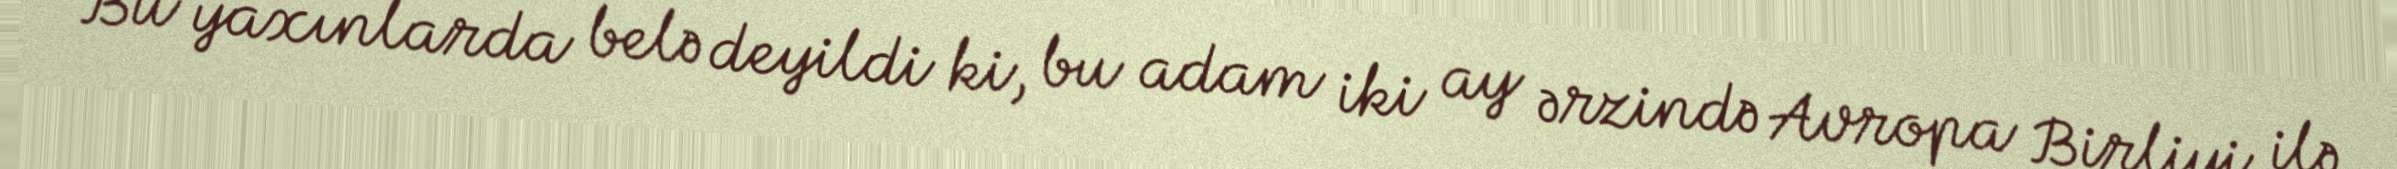
Bu yaxınlarda belə deyildi ki, bu adam iki ay ərzində Avropa Birliyi ilə